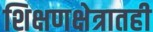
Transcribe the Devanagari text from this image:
शिक्षणक्षेत्रातही